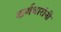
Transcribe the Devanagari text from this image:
कर्णधारांनी